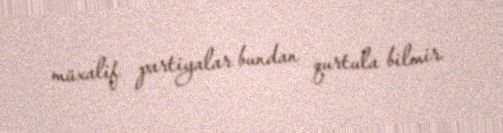
müxalif partiyalar bundan qurtula bilmir.